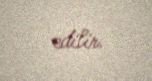
edilir.